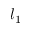
l _ { 1 }